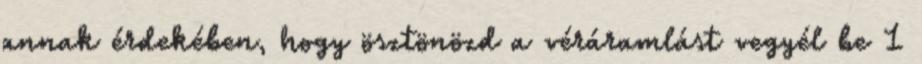
annak érdekében, hogy ösztönözd a véráramlást vegyél be 1